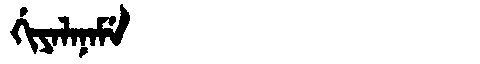
Manchu: ᡤᡳᠶᠠᠯᠠᠨᠠᠮᡝ
Romanization: GIYALANAME